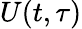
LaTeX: U(t,\tau)